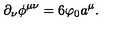
\partial _ { \nu } \phi ^ { \mu \nu } = 6 \varphi _ { 0 } a ^ { \mu } .